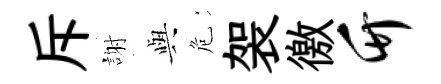
斥謝𫤰危袈徼竹